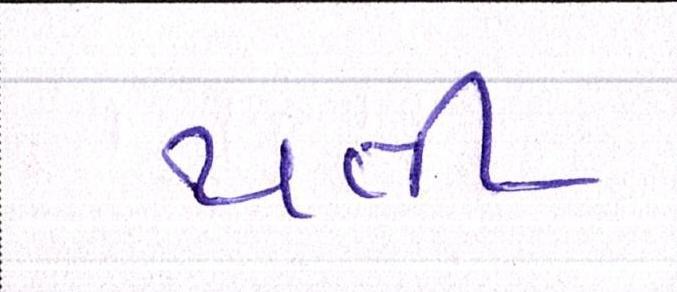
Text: થતી